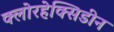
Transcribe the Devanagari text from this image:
क्लोरहेक्सिडीन